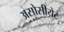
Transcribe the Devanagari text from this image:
असोसीयेट